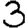
Digit: 3